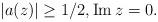
LaTeX: \begin{align*}|a(z)|\geq 1/2, \operatorname{Im} z=0.\end{align*}